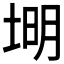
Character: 𪣦